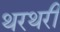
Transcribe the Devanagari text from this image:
थरथरी